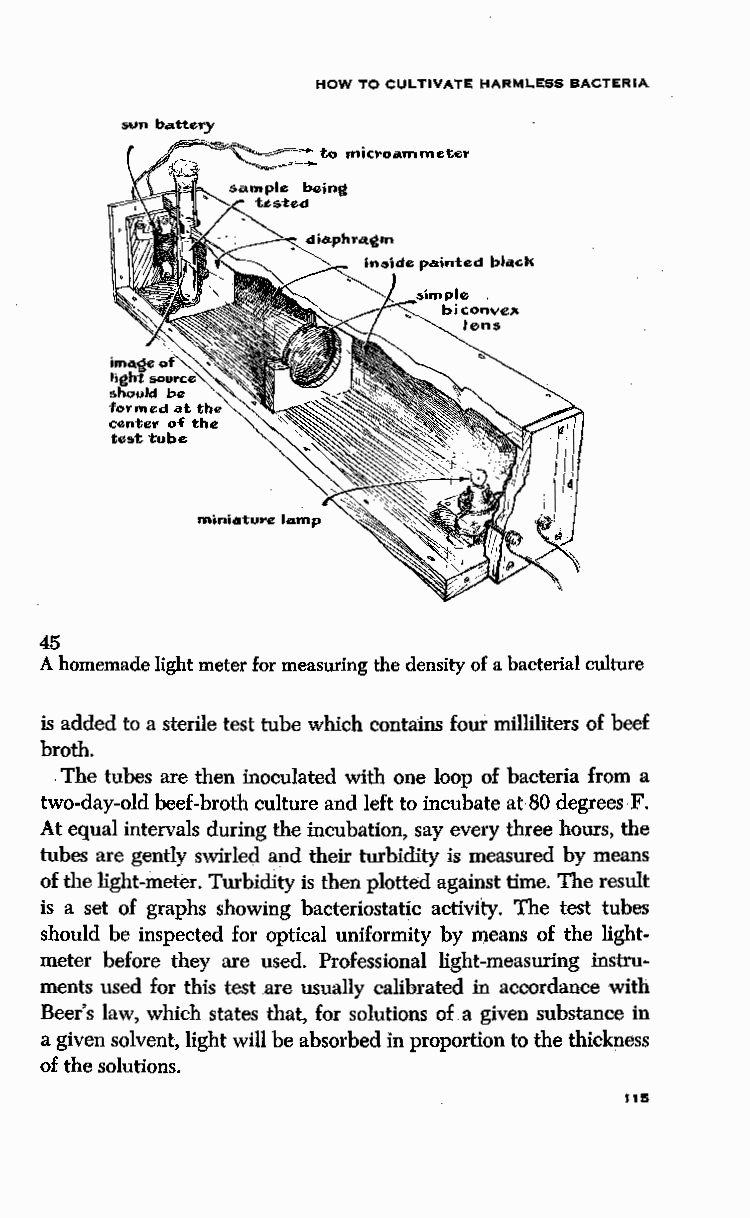
HOW TO CULTIVATE HARMLESS BACTERIA
 sun battery
 45
 A homemade light meter for measuring the density of a bacterial culture
 is added to a sterile test tube which contains four milliliters of beef
 broth.
 . The tubes are then inoculated with one loop of bacteria from a
 two-day-old beef-broth culture and left to incubate at 80 degrees F.
 At equal intervals during the incubation, say every three hours, the
 tubes are gently swirled and their turbidity is measured by means
 of the light-meter. Turbidity is then plotted against time. The result
 is a set of graphs showing bacteriostatic activity. The test tubes
 should be inspected for optical uniformity by means of the light
 meter before they are used. Professional light-measuring instru
 ments used for this test are usually calibrated in accordance with
 Beer's law, which states that, for solutions of a given substance in
 a given solvent, light will be absorbed in proportion to the thickness
 of the solutions.
 liS